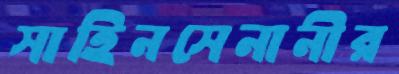
সাহিনসেনানীর